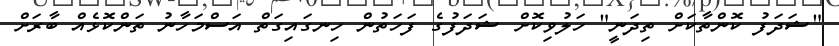
"ޝަދަފު ކޮންތާކަށް ތިދަނީ" ހަލުވިކޮށް ޝަދަފުގެ ފަހަތުން ހިނގައިގަތް އަސްމަހާނު ތަންކޮޅެއް ބާރަށް